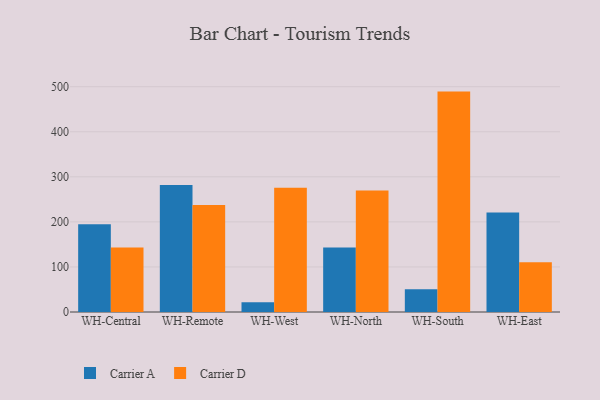
{"axis": {"x": "Warehouse", "y": "Page Views"}, "legend": ["Carrier A", "Carrier D"], "data": [{"x": "WH-Central", "y": 194.7, "type": "Carrier A"}, {"x": "WH-Central", "y": 143.3, "type": "Carrier D"}, {"x": "WH-Remote", "y": 281.7, "type": "Carrier A"}, {"x": "WH-Remote", "y": 237.2, "type": "Carrier D"}, {"x": "WH-West", "y": 21.6, "type": "Carrier A"}, {"x": "WH-West", "y": 276.0, "type": "Carrier D"}, {"x": "WH-North", "y": 142.9, "type": "Carrier A"}, {"x": "WH-North", "y": 269.7, "type": "Carrier D"}, {"x": "WH-South", "y": 50.5, "type": "Carrier A"}, {"x": "WH-South", "y": 489.1, "type": "Carrier D"}, {"x": "WH-East", "y": 220.9, "type": "Carrier A"}, {"x": "WH-East", "y": 110.5, "type": "Carrier D"}]}